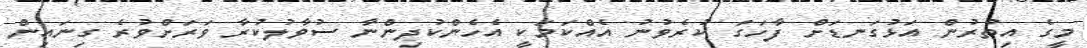
މީގެ އިތުރުން އަޅުގަނޑަށް ފާހަގަ ކުރެވުނު އެއްކަމަކީ އެހެންކުދިންނާ ސުވާލުކުރާ ވަރަށްވުރެ ގިނައިން